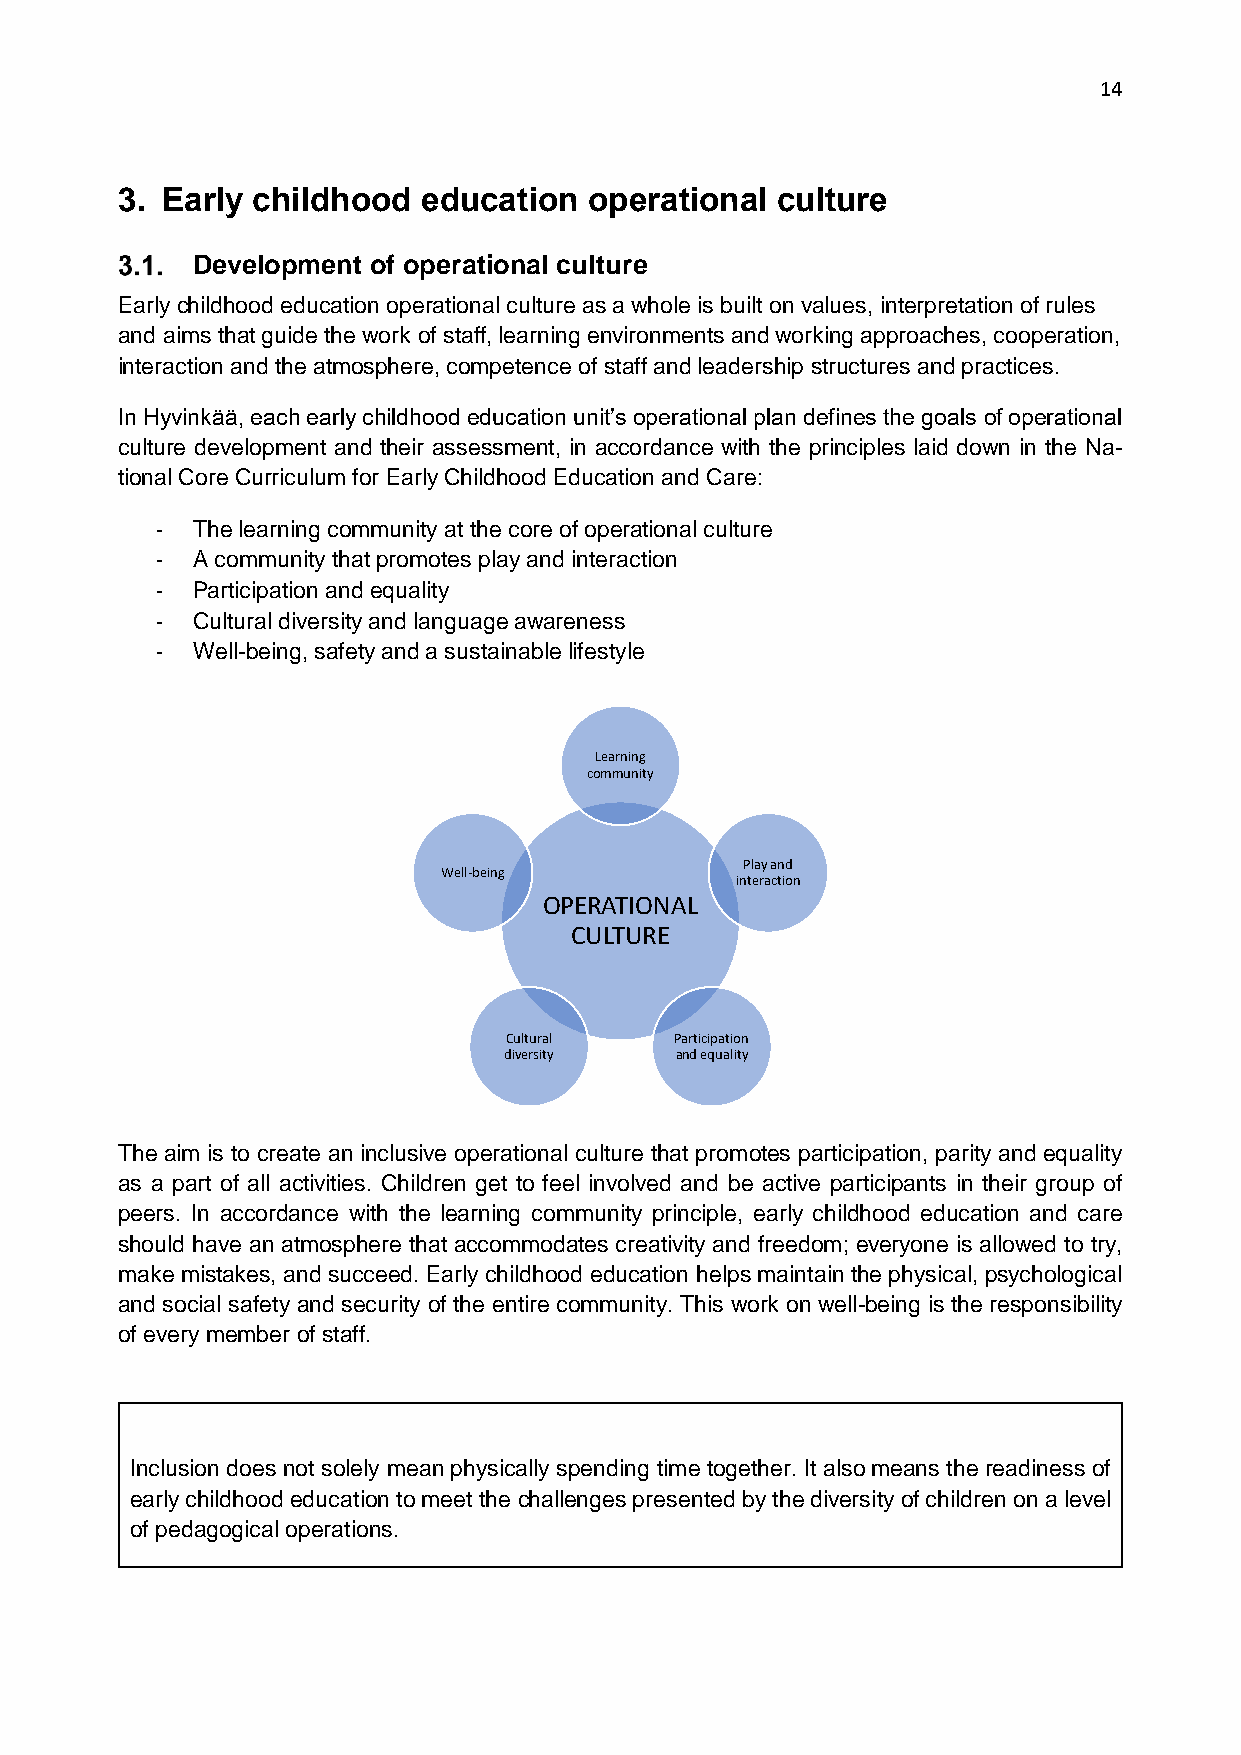
14
 3. Early childhood  education  operational culture
 Development of operational culture
 Early childhood education operational culture as a whole is built on values, interpretation of rules
 and aims that guide the work of staff, learning environments and working approaches, cooperation,
 interaction and the atmosphere, competence of staff and leadership structures and practices.
 In Hyvinkää, each early childhood education unit’s operational plan defines the goals of operational
 culture development and their assessment, in accordance with the principles laid down in the Na-
 tional Core Curriculum for Early Childhood Education and Care:
 -  The learning community at the core of operational culture
 -  A community that promotes play and interaction
 -  Participation and equality
 -  Cultural diversity and language awareness
 -  Well-being, safety and a sustainable lifestyle
 Learning
 community
 Play and
 Well-being
 interaction
 OPERATIONAL
 CULTURE
 Cultural    Participation
 diversity   and equality
 The aim is to create an inclusive operational culture that promotes participation, parity and equality
 as a part of all activities. Children get to feel involved and be active participants in their group of
 peers. In accordance with the learning community principle, early childhood education and care
 should have an atmosphere that accommodates creativity and freedom; everyone is allowed to try,
 make mistakes, and succeed. Early childhood education helps maintain the physical, psychological
 and social safety and security of the entire community. This work on well-being is the responsibility
 of every member of staff.
 Inclusion does not solely mean physically spending time together. It also means the readiness of
 early childhood education to meet the challenges presented by the diversity of children on a level
 of pedagogical operations.